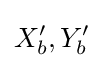
X_{b}^{\prime },Y_{b}^{\prime }